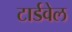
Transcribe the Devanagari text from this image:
टार्डवेल